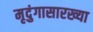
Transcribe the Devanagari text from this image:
मृदुंगासारख्या